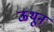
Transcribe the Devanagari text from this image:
ऊथून